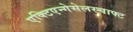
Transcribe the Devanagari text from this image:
एक्टिएन्गेसेलस्चाफ्ट